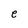
Character: e